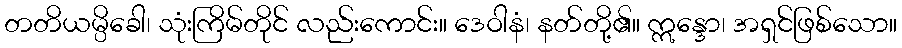
တတိယမ္ပိခေါ၊ သုံးကြိမ်တိုင် လည်းကောင်း။ ဒေဝါနံ၊ နတ်တို့၏။ ဣန္ဒော၊ အရှင်ဖြစ်သော။